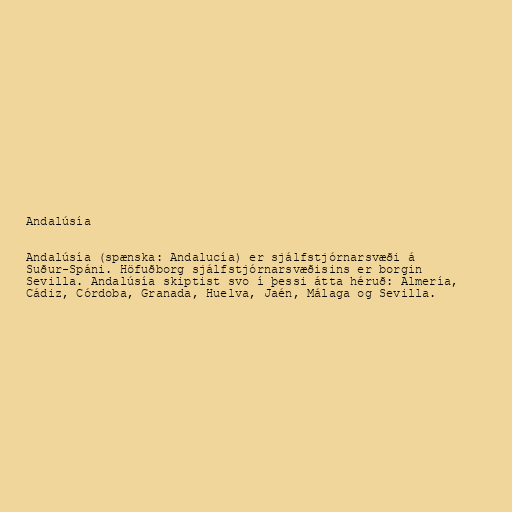
Andalúsía

Andalúsía (spænska: Andalucía) er sjálfstjórnarsvæði á
Suður-Spáni. Höfuðborg sjálfstjórnarsvæðisins er borgin
Sevilla. Andalúsía skiptist svo í þessi átta héruð: Almería,
Cádiz, Córdoba, Granada, Huelva, Jaén, Málaga og Sevilla.